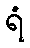
ရံ